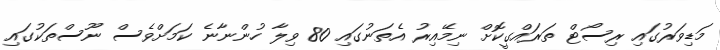
މަޑިވަރުގައި ރިސޯޓް ތަރައްގީކޮށް ނިމޭއިރު އެތަނުގައި 80 ވިލާ ހުންނާނެ ކަމަށްވެސް ނޫސްތަކުގައި